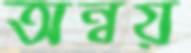
অন্বয়